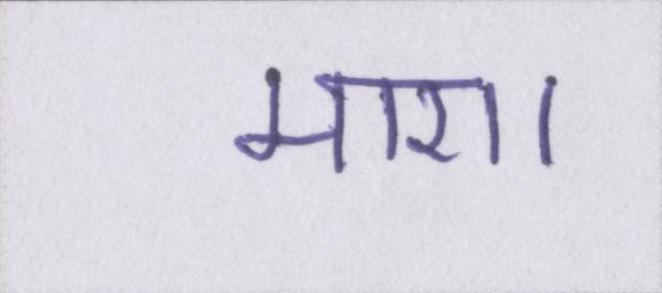
मारा।